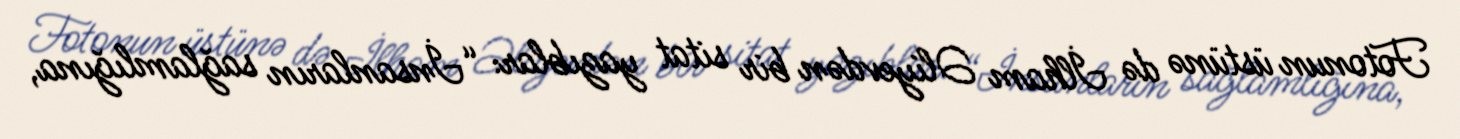
Fotonun üstünə də İlham Əliyevdən bir sitat yazıblar: “İnsanların sağlamlığına,